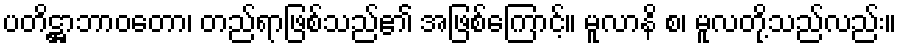
ပတိဋ္ဌာဘာဝတော၊ တည်ရာဖြစ်သည်၏ အဖြစ်ကြောင့်။ မူလာနိ စ၊ မူလတို့သည်လည်း။